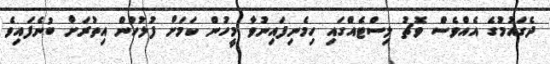
ދެގައުމުގެ އެއްވެސް ވޮޗު ލިސްޓެއްގައި ހިމެނިފައިނުވާ މީހުން ކަމަށް ފުލުހުން އިތުރަށް ބުނެފައިވެ